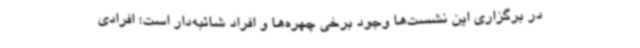
در برگزاری این نشست‌ها وجود برخی چهره‌ها و افراد شائبه‌دار است؛ افرادی